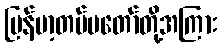
မြန်မာ့တပ်မတော်တို့အကြား